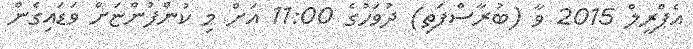
އެޕްރީލް 2015 ވާ (ބުރާސްފަތި) ދުވަހުގެ 11:00 އަށް މި ކުންފުންޏަށް ވަޑައިގެން